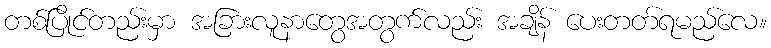
တစ်ပြိုင်တည်းမှာ အခြားလူနာတွေအတွက်လည်း အချိန် ပေးတတ်ရမည်လေ။